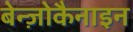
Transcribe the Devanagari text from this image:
बेन्ज़ोकैनाइन